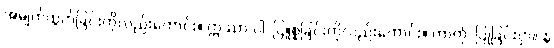
အမျက်ထွက်ခြင်းကိုလည်းကောင်း။ ဣဿာ ဝါ၊ ငြူစူခြင်းကိုလည်းကောင်း။ ကာတုံ၊ ပြုခြင်းငှာ။ န